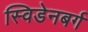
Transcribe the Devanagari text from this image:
स्विडेनबर्ग